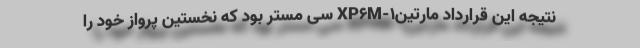
نتیجه این قرارداد مارتینXP6M-1 سی مستر بود که نخستین پرواز خود را